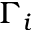
\Gamma _ { i }